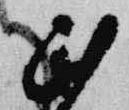
民